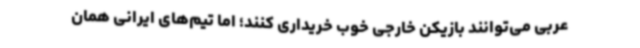
عربی می‌توانند بازیکن خارجی خوب خریداری کنند؛ اما تیم‌های ایرانی همان